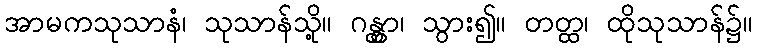
အာမကသုသာနံ၊ သုသာန်သို့။ ဂန္တွာ၊ သွား၍။ တတ္ထ၊ ထိုသုသာန်၌။